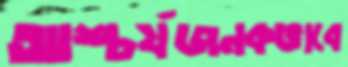
আশ্চর্যজনকভাবে